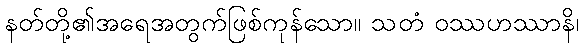
နတ်တို့၏အရေအတွက်ဖြစ်ကုန်သော။ သတံ ဝဿဟဿာနိ၊